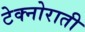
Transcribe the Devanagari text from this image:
टेक्नोराती